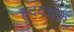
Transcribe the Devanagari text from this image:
हृदयचक्र